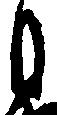
月